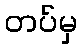
တပ်မှ